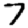
Digit: 7